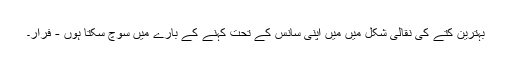
بہترین کتے کی نقالی شکل میں میں اپنی سانس کے تحت کہنے کے بارے میں سوچ سکتا ہوں - فرار۔